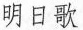
明日歌